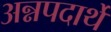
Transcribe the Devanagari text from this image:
अन्नपदार्थे